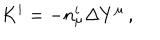
K ^ { i } = - n _ { \mu } ^ { i } \Delta Y ^ { \mu } \, ,